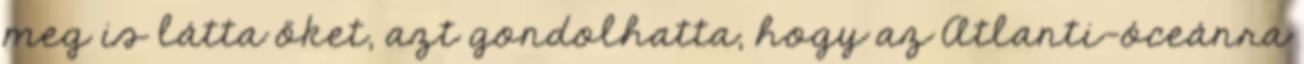
meg is látta őket, azt gondolhatta, hogy az Atlanti-óceánra